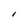
Character: l